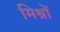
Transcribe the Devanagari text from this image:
मिश्रों